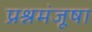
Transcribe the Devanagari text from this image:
प्रश्नमंजूषा